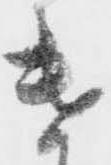
遣